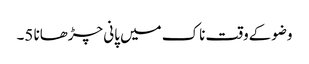
وضوکےوقت ناک میں پانی چڑھانا 5۔